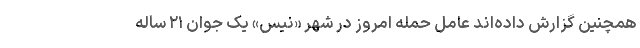
همچنین گزارش داده‌اند عامل حمله امروز در شهر «نیس» یک جوان ۲۱ ساله